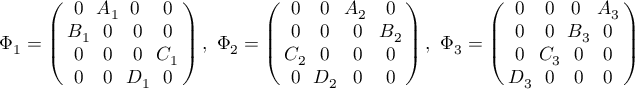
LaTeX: \Phi _ { 1 } = \left( \begin{array} { c c c c } { { \! \! 0 \! \! } } & { { \! \! A _ { 1 } \! \! } } & { { \! \! 0 } } & { { \! \! 0 \! \! } } \\ { { \! \! B _ { 1 } \! \! } } & { { \! \! 0 \! \! } } & { { \! \! 0 \! \! } } & { { \! \! 0 \! \! } } \\ { { \! \! 0 \! \! } } & { { \! \! 0 \! \! } } & { { \! \! 0 \! \! } } & { { \! \! C _ { 1 } \! \! } } \\ { { \! \! 0 \! \! } } & { { \! \! 0 \! \! } } & { { \! \! D _ { 1 } \! \! } } & { { \! \! 0 \! \! } } \end{array} \right) , ~ \Phi _ { 2 } = \left( \begin{array} { c c c c } { { \! \! 0 \! \! } } & { { \! \! 0 \! \! } } & { { \! \! A _ { 2 } } } & { { \! \! 0 \! \! } } \\ { { \! \! 0 \! \! } } & { { \! \! 0 \! \! } } & { { \! \! 0 \! \! } } & { { \! \! B _ { 2 } \! \! } } \\ { { \! \! C _ { 2 } \! \! } } & { { \! \! 0 \! \! } } & { { \! \! 0 \! \! } } & { { \! \! 0 \! \! } } \\ { { \! \! 0 \! \! } } & { { \! \! D _ { 2 } \! \! } } & { { \! \! 0 \! \! } } & { { \! \! 0 \! \! } } \end{array} \right) , ~ \Phi _ { 3 } = \left( \begin{array} { c c c c } { { \! \! 0 \! \! } } & { { \! \! 0 \! \! } } & { { \! \! 0 } } & { { \! \! A _ { 3 } \! \! } } \\ { { \! \! 0 \! \! } } & { { \! \! 0 \! \! } } & { { \! \! B _ { 3 } \! \! } } & { { \! \! 0 \! \! } } \\ { { \! \! 0 \! \! } } & { { \! \! C _ { 3 } \! \! } } & { { \! \! 0 \! \! } } & { { \! \! 0 \! \! } } \\ { { \! \! D _ { 3 } \! \! } } & { { \! \! 0 \! \! } } & { { \! \! 0 \! \! } } & { { \! \! 0 \! \! } } \end{array} \right)